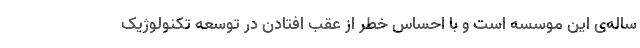
ساله‌ی این موسسه است و با احساس خطر از عقب افتادن در توسعه تکنولوژیک